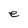
Character: e